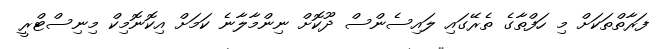
ފަރާތްތަކަށް މި ހަފްތާގެ ތެރޭގައި ލައިސެންސް ދޫކޮށް ނިންމާލާނެ ކަމަށް އިކޮނޮމިކް މިނިސްޓްރީ